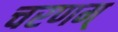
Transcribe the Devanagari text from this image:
चरणम्‌